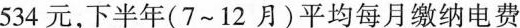
534元，下半年(7~12月)平均每月缴纳电费